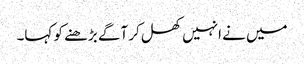
میں نے انہیں کھل کر آگے بڑھنے کو کہا۔